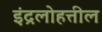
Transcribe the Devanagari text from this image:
इंद्रलोहत्तील